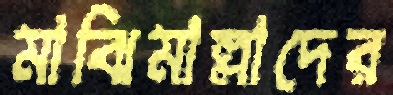
মাঝিমাল্লাদের